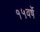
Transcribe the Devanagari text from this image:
१५वर्षे